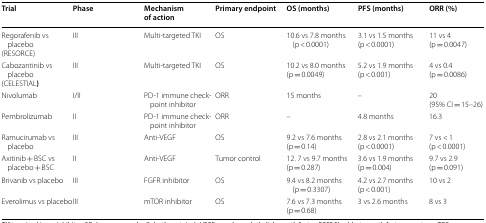
<table><thead><tr><td><b>Trial</b></td><td><b>Phase</b></td><td><b>Mechanism of action</b></td><td><b>Primary endpoint</b></td><td><b>OS (months)</b></td><td><b>PFS (months)</b></td><td><b>ORR (%)</b></td></tr></thead><tbody><tr><td>Regorafenib vs placebo(RESORCE)</td><td>III</td><td>Multi-targeted TKI</td><td>OS</td><td>10.6 vs 7.8 months (p &lt; 0.0001)</td><td>3.1 vs 1.5 months(p &lt; 0.0001)</td><td>11 vs 4(p = 0.0047)</td></tr><tr><td>Cabozantinib vs placebo(CELESTIAL<b>)</b></td><td>III</td><td>Multi-targeted TKI</td><td>OS</td><td>10.2 vs 8.0 months(p = 0.0049)</td><td>5.2 vs 1.9 months(p &lt; 0.001)</td><td>4 vs 0.4(p = 0.0086)</td></tr><tr><td>Nivolumab</td><td>I/II</td><td>PD-1 immune checkpoint inhibitor</td><td>ORR</td><td>15 months</td><td>–</td><td>20(95% CI = 15–26)</td></tr><tr><td>Pembrolizumab</td><td>II</td><td>PD-1 immune checkpoint inhibitor</td><td>ORR</td><td>–</td><td>4.8 months</td><td>16.3</td></tr><tr><td>Ramucirumab vs placebo</td><td>III</td><td>Anti-VEGF</td><td>OS</td><td>9.2 vs 7.6 months(p = 0.14)</td><td>2.8 vs 2.1 months(p &lt; 0.0001)</td><td>7 vs &lt; 1(p &lt; 0.0001)</td></tr><tr><td>Axitinib + BSC vs placebo + BSC</td><td>II</td><td>Anti-VEGF</td><td>Tumor control</td><td>12. 7 vs 9.7 months(p = 0.287)</td><td>3.6 vs 1.9 months(p = 0.004)</td><td>9.7 vs 2.9(p = 0.091)</td></tr><tr><td>Brivanib vs placebo</td><td>III</td><td>FGFR inhibitor</td><td>OS</td><td>9.4 vs 8.2 months (p = 0.3307)</td><td>4.2 vs 2.7 months(p &lt; 0.001)</td><td>10 vs 2</td></tr><tr><td>Everolimus vs placebo</td><td>III</td><td>mTOR inhibitor</td><td>OS</td><td>7.6 vs 7.3 months(p = 0.68)</td><td>3 vs 2.6 months</td><td>8 vs 3</td></tr></tbody></table>